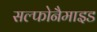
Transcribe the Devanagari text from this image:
सल्फोनैमाइड